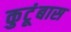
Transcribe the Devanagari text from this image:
कुटूंबास